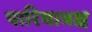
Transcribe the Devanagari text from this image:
पारियात्रश्च